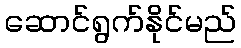
ဆောင်ရွက်နိုင်မည်